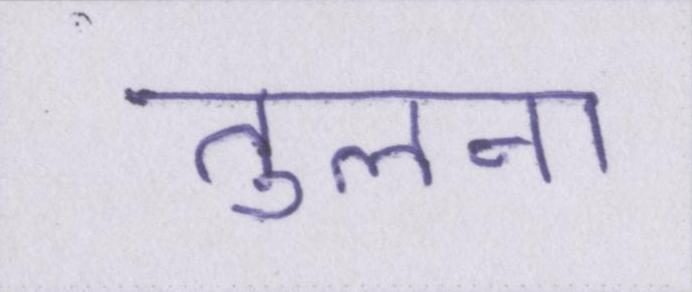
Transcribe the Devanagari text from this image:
तुलना